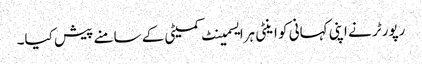
رپورٹر نے اپنی کہانی کو اینٹی ہرایسمینٹ کمیٹی کے سامنے پیش کیا۔